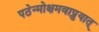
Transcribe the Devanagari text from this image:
पठेन्मोक्षमवाप्नुयात्